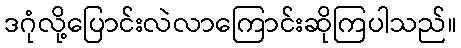
ဒဂုံလို့ပြောင်းလဲလာကြောင်းဆိုကြပါသည်။